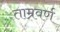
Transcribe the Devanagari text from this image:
ताम्रवर्ण